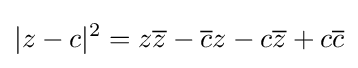
|z-c|^{2}=z{\overline {z}}-{\overline {c}}z-c{\overline {z}}+c{\overline {c}}